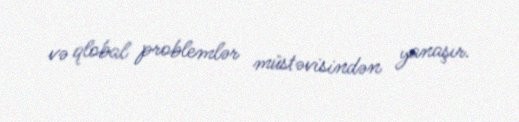
və qlobal problemlər müstəvisindən yanaşır.